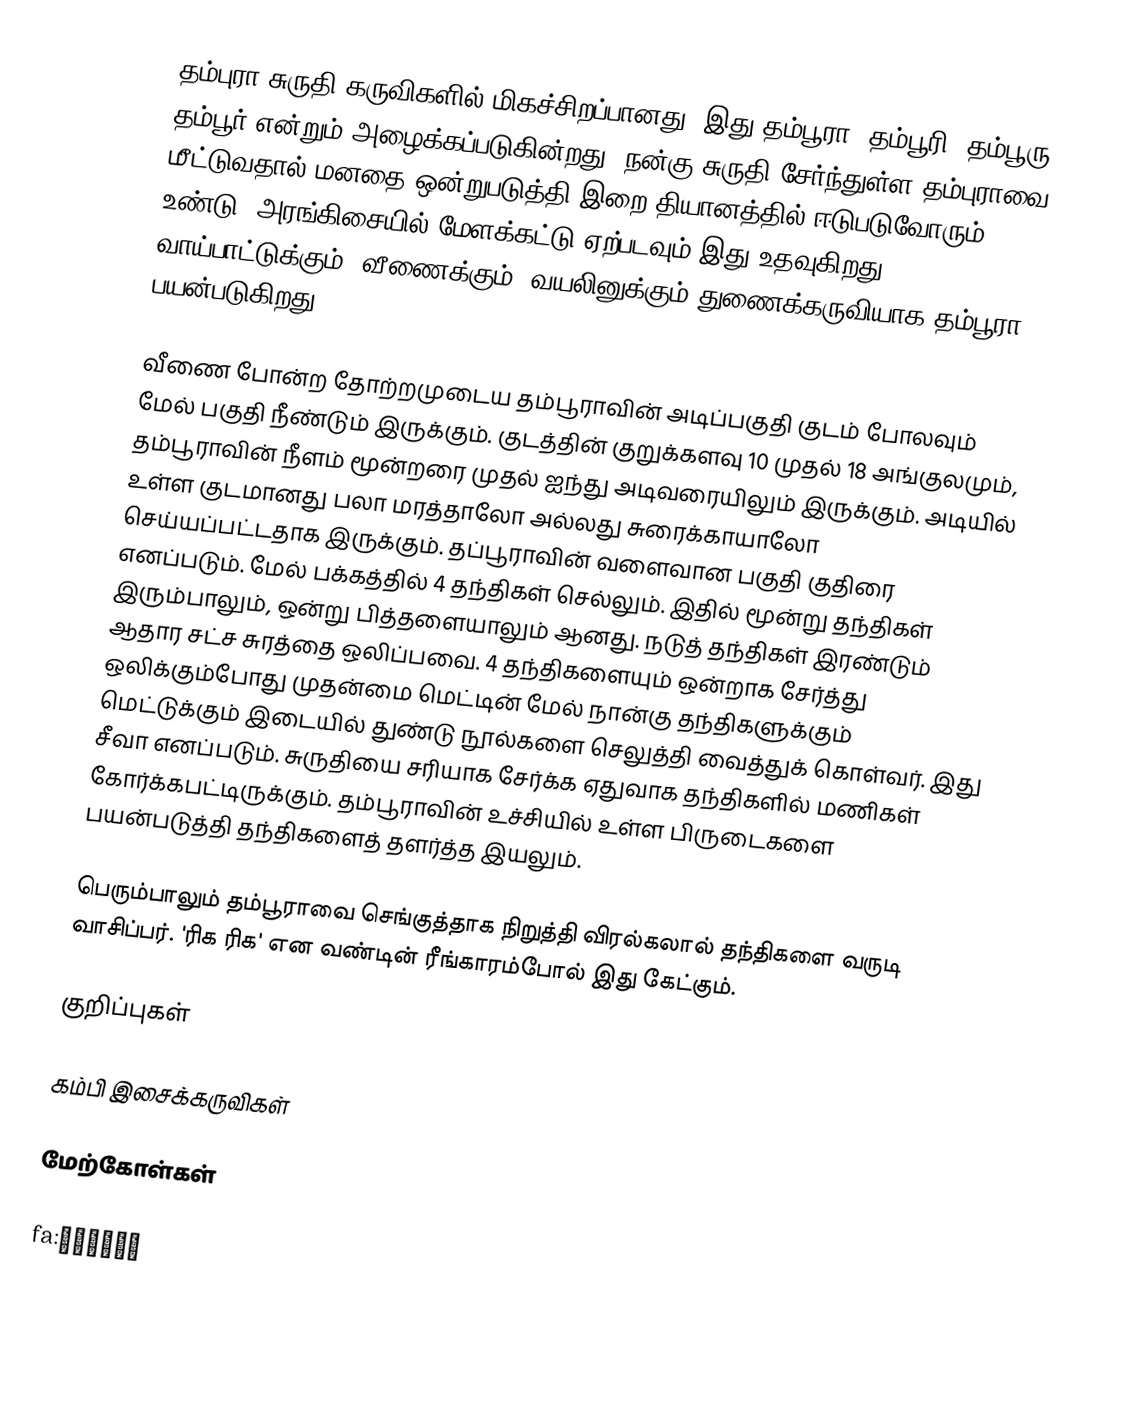
தம்புரா சுருதி கருவிகளில் மிகச்சிறப்பானது. இது தம்பூரா, தம்பூரி, தம்பூரு, தம்பூர் என்றும் அழைக்கப்படுகின்றது. நன்கு சுருதி சேர்ந்துள்ள தம்புராவை மீட்டுவதால் மனதை ஒன்றுபடுத்தி இறை தியானத்தில் ஈடுபடுவோரும் உண்டு. அரங்கிசையில் மேளக்கட்டு ஏற்படவும் இது உதவுகிறது. வாய்பாட்டுக்கும், வீணைக்கும், வயலினுக்கும் துணைக்கருவியாக தம்பூரா பயன்படுகிறது.

வீணை போன்ற தோற்றமுடைய தம்பூராவின் அடிப்பகுதி குடம் போலவும் மேல் பகுதி நீண்டும் இருக்கும். குடத்தின் குறுக்களவு 10 முதல் 18 அங்குலமும், தம்பூராவின் நீளம் மூன்றரை முதல் ஐந்து அடிவரையிலும் இருக்கும். அடியில் உள்ள குடமானது பலா மரத்தாலோ அல்லது சுரைக்காயாலோ செய்யப்பட்டதாக இருக்கும். தப்பூராவின்  வளைவான பகுதி குதிரை எனப்படும். மேல் பக்கத்தில் 4 தந்திகள் செல்லும். இதில் மூன்று தந்திகள் இரும்பாலும், ஒன்று பித்தளையாலும் ஆனது. நடுத் தந்திகள் இரண்டும் ஆதார சட்ச சுரத்தை ஒலிப்பவை. 4 தந்திகளையும் ஒன்றாக சேர்த்து ஒலிக்கும்போது முதன்மை மெட்டின் மேல் நான்கு தந்திகளுக்கும் மெட்டுக்கும் இடையில் துண்டு நூல்களை செலுத்தி வைத்துக் கொள்வர். இது சீவா எனப்படும். சுருதியை சரியாக சேர்க்க ஏதுவாக தந்திகளில் மணிகள் கோர்க்கபட்டிருக்கும். தம்பூராவின் உச்சியில் உள்ள பிருடைகளை பயன்படுத்தி தந்திகளைத் தளர்த்த இயலும்.

பெரும்பாலும் தம்பூராவை செங்குத்தாக நிறுத்தி விரல்கலால் தந்திகளை வருடி வாசிப்பர். 'ரிக ரிக' என வண்டின் ரீங்காரம்போல் இது கேட்கும்.

குறிப்புகள்

கம்பி இசைக்கருவிகள்

மேற்கோள்கள்

fa:دمبوره